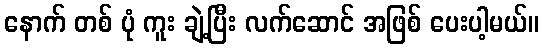
နောက် တစ် ပုံ ကူး ချဲ့ပြီး လက်ဆောင် အဖြစ် ပေးပါ့မယ်။